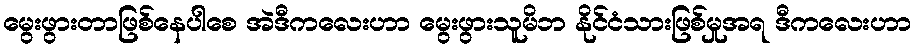
မွေးဖွားတာဖြစ်နေပါစေ အဲဒီကလေးဟာ မွေးဖွားသူမိဘ နိုင်ငံသားဖြစ်မှုအရ ဒီကလေးဟာ